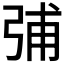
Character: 𰐗